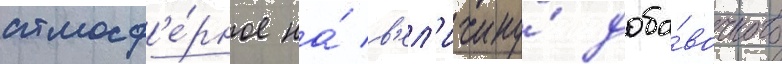
атмосф'е́рное на́ в'ел'ичину́ доба́вочного